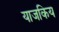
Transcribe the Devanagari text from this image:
याजकिय